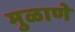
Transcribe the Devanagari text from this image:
मुळाणे